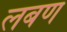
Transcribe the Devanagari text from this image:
लबण